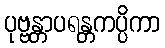
ပုဗ္ဗန္တာပရန္တကပ္ပိကာ